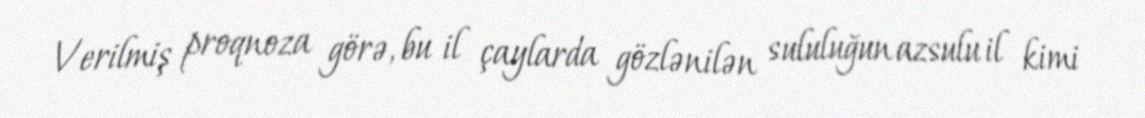
Verilmiş proqnoza görə, bu il çaylarda gözlənilən sululuğun azsulu il kimi